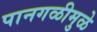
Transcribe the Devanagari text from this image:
पानगळीमुळे